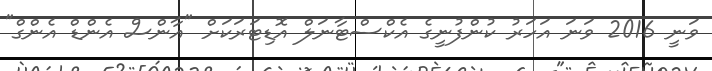
ވަނީ 2016 ވަނަ އަހަރު ކުންފުނީގެ އެކްސްޓާނަލް އޮޑިޓަރަކަށް "އާންސް އެންޑް އެންގް"